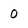
Character: O